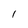
Character: l